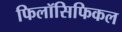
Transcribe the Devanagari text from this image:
फिलॉसिफिकल